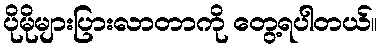
ပိုမိုများပြားလာတာကို တွေ့ရပါတယ်။